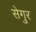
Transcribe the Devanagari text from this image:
सेगुर